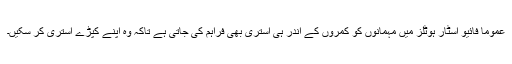
عموماً فائیو اسٹار ہوٹلز میں مہمانوں کو کمروں کے اندر ہی استری بھی فراہم کی جاتی ہے تاکہ وہ اپنے کپڑے استری کر سکیں۔